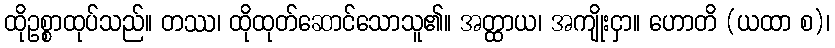
ထိုဥစ္စာထုပ်သည်။ တဿ၊ ထိုထုတ်ဆောင်သောသူ၏။ အတ္ထာယ၊ အကျိုးငှာ။ ဟောတိ (ယထာ စ)၊